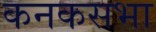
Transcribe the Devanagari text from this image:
कनकसभा